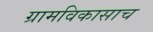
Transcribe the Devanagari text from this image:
ग्रामविकासाच